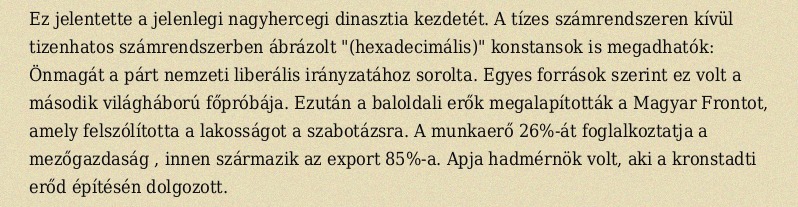
Ez jelentette a jelenlegi nagyhercegi dinasztia kezdetét. A tízes számrendszeren kívül tizenhatos számrendszerben ábrázolt "(hexadecimális)" konstansok is megadhatók: Önmagát a párt nemzeti liberális irányzatához sorolta. Egyes források szerint ez volt a második világháború főpróbája. Ezután a baloldali erők megalapították a Magyar Frontot, amely felszólította a lakosságot a szabotázsra. A munkaerő 26%-át foglalkoztatja a mezőgazdaság , innen származik az export 85%-a. Apja hadmérnök volt, aki a kronstadti erőd építésén dolgozott.